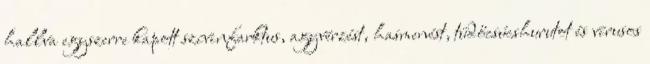
hallva egyszerre kapott szívinfarktus, agyvérzést, hasmenést, tüdőcsúcshurutot és vírusos